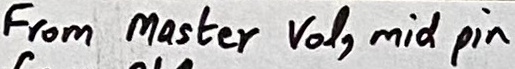
Text: From Master  Vol, mid pin